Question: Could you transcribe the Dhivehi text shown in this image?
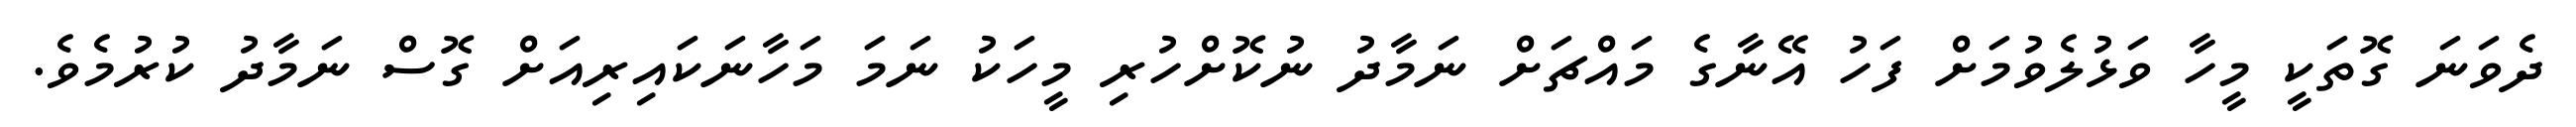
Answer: ދެވަނަ ގޮތަކީ މީހާ ވަޅުލެވުމަށް ފަހު އޭނާގެ މައްޗަށް ނަމާދު ނުކޮށްހުރި މީހަކު ނަމަ މަހާނަކައިރިއަށް ގޮސް ނަމާދު ކުރުމެވެ.